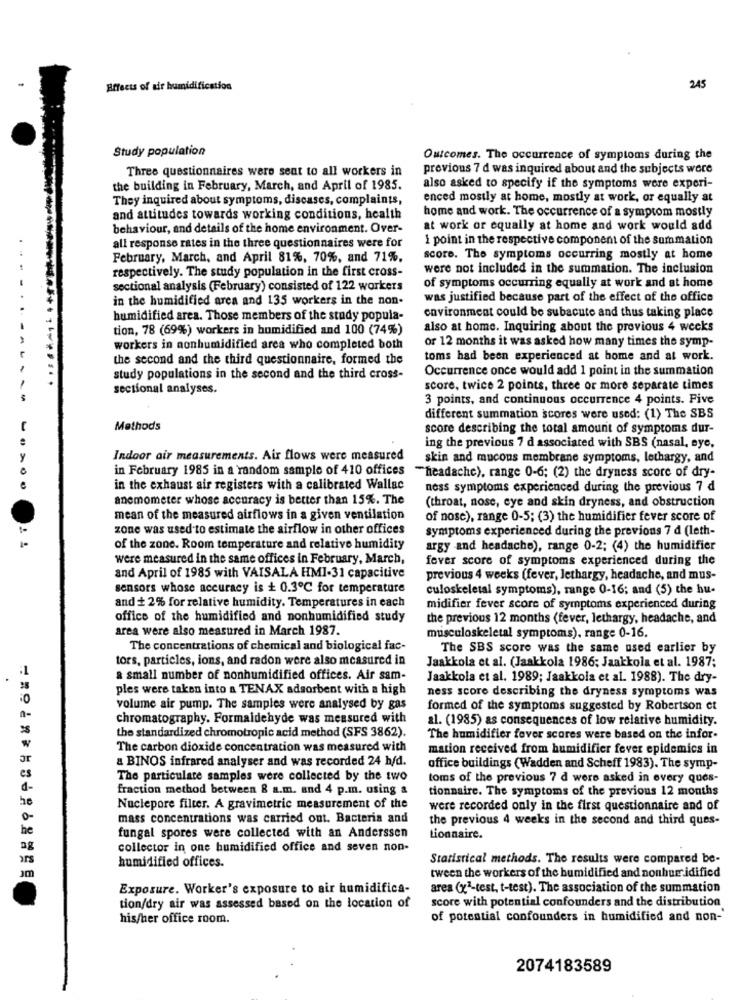
Effects of air humidification
215
Study population
Outcomes. The occurrence of symptoms during the
Three questionnaires were sent to all workers in
previous 7 d was inquired about and the subjects were
the building in February, March, and April of 1985.
also asked to specify if the symptoms were experi-
They inquired about symptoms, diseases, complaints,
enced mostly at home, mostly at work, or equally at
and attitudes towards working conditions, health
home and work. The occurrence of a symptom mostly
behaviour, and details of the home environment. Over-
at work or equally at home and work would add
1 point in the respective component of the summation
all response rates in the three questionnaires were for
February, March, and April 81%, 70%, and 71%.
score. The symptoms occurring mostly at home
respectively. The study population in the first cross-
were not included in the summation. The inclusion
sectional analysis (February) consisted of 122 workers
of symptoms occurring equally at work and at home
in the humidified area and 135 workers in the non-
was justified because part of the effect of the office
humidified area. Those members of the study popula-
environment could be subacute and thus taking place
tion, 78 (69%) workers in humidified and 100 (74%)
also at home. Inquiring about the previous 4 weeks
or 12 months it was asked how many times the symp-
workers in nonhumidified area who completed both
the second and the third questionnaire, formed the
toms had been experienced at home and at work.
Occurrence once would add 1 point in the summation
study populations in the second and the third cross-
sectional analyses.
score, twice 2 points, three or more separate times
3 points, and continuous occurrence 4 points. Five
different summation scores were used: (1) The SBS
Methods
score describing the total amount of symptoms dur-
ing the previous 7 d associated with SBS (nasal, eye,
Indoor air measurements. Air flows were measured
skin and mucous membrane symptoms, lethargy, and
in February 1985 in a random sample of 410 offices
"headache), range 0-6; (2) the dryness score of dry-
in the exhaust sir registers with a calibrated Wallsc
ness symptoms experienced during the previous 7 d
anemometer whose accuracy is better than 15%. The
(throat, nose, eye and skin dryness, and obstruction
mean of the measured airflows in a given ventilation
of nose), range 0-5; (3) the humidifier fever score of
zone was used to estimate the airflow in other offices
symptoms experienced during the previous 7 d (leth-
of the zone. Room temperature and relative humidity
argy and headache), range 0-2; (4) the humidifier
were measured in the same offices in February, March,
fever score of symptoms experienced during the
and April of 1985 with VAISALA HMI-31 capacitive
previous 4 weeks (fever, lethargy, headache, and mus-
sensors whose accuracy is + 0.3℃ for temperature
culoskeletal symptoms), range 0-16; and (5) the hu-
and + 2% for relative humidity. Temperatures in each
midifier fever score of symptoms experienced during
office of the humidified and nonhumidified study
the previous 12 months (fever, lethargy, headache, and
area were also measured in March 1987.
musculoskeletal symptoms), range 0-16.
The concentrations of chemical and biological fac-
The SBS score was the same used earlier by
tors, particles, ions, and radon were also measured in
Jaakkola et al. (Jaakkola 1986; Jaakkola et al. 1987;
a small number of nonhumidified offices. Air sam-
Jaakkola et al. 1989; Jaakkola et al. 1988). The dry-
ples were taken into a TENAX adsorbent with a high
ness score describing the dryness symptoms was
volume air pump. The samples were analysed by gas
formed of the symptoms suggested by Robertson et
chromatography. Formaldehyde was measured with
al. (1985) as consequences of low relative humidity.
the standardized chromotropic acid method (SFS 3862).
The humidifier fever scores were based on the infor-
The carbon dioxide concentration was measured with
mation received from humidifier fever epidemics in
a BINOS infrared analyser and was recorded 24 h/d.
office buildings (Wadden and Scheff 1983). The symp-
es
The particulate samples were collected by the two
toms of the previous 7 d were asked in every ques-
d -
fraction method between & a.m. and 4 p.m. using &
tionnaire. The symptoms of the previous 12 months
he
Nuclepore filter. A gravimetric measurement of the
were recorded only in the first questionnaire and of
mass concentrations was carried out. Bacteria and
the previous 4 weeks in the second and third ques-
he
fungal spores were collected with an Anderssen
Lionnaire.
collector in one humidified office and seven non-
ars
humidified offices.
Statistical methods. The results were compared be-
tween the workers of the humidified and nonhumidified
Exposure. Worker's exposure to air humidifica-
area (x"-test, t-test). The association of the summation
score with potential confounders and the distribution
tion/dry air was assessed based on the location of
his/her office room.
of potential confounders in humidified and non-'
2074183589